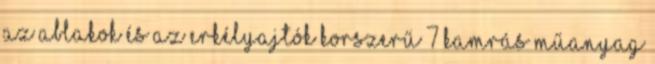
Az ablakok és az erkélyajtók korszerű 7 kamrás műanyag